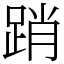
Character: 踃